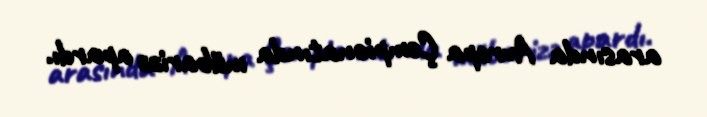
arasında Avropa Çempionatında mübarizə apardı.